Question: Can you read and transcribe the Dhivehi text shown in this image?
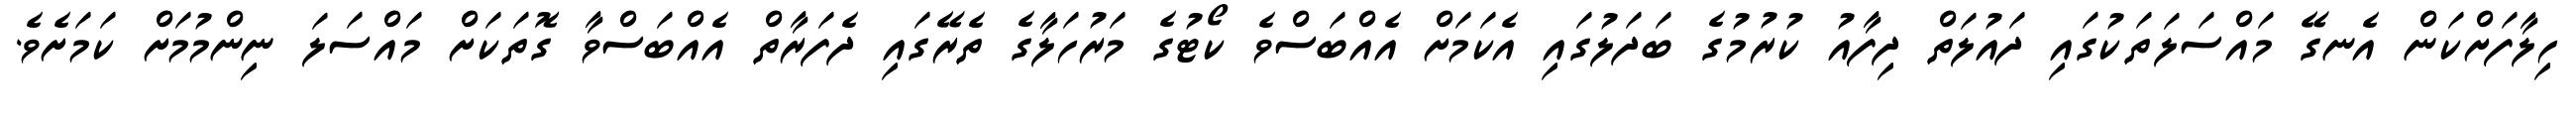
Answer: ހިލާފަށްކަން އެނގޭ މައްސަލަތަކުގައި ދައުލަތް ދިފާއު ކުރުމުގެ ބަދަލުގައި އެކަމަށް އެއްބަސްވެ ކޯޓުގެ މަރުހަލާގެ ތެރޭގައި ދެފަރާތް އެއްބަސްވާ ގޮތަކަށް މައްސަލަ ނިންމުމަށް ކަމަށެވެ.